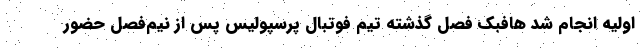
اولیه انجام شد هافبک فصل گذشته تیم فوتبال پرسپولیس پس از نیم‌فصل حضور